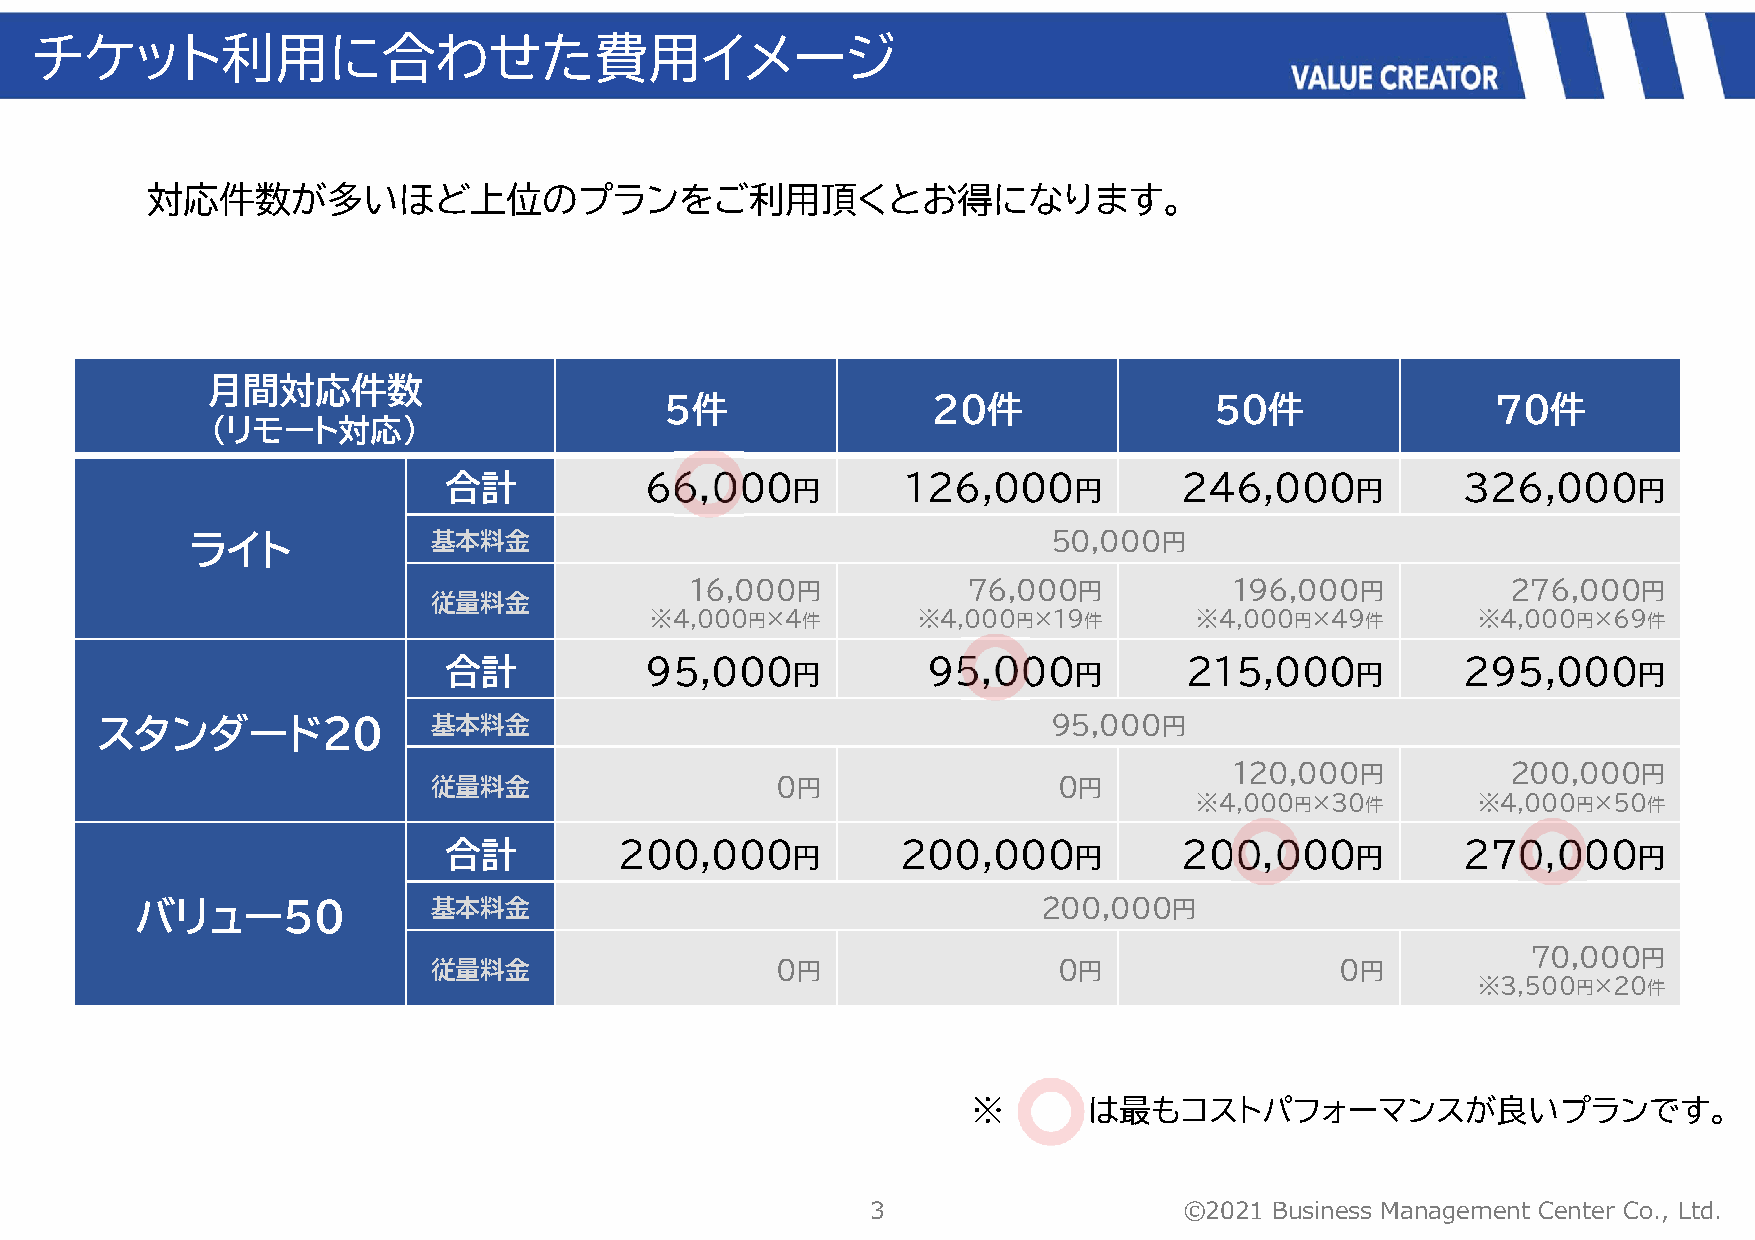
チケット利用に合わせた費用イメージ
 対応件数が多いほど上位のプランをご利用頂くとお得になります。
 月間対応件数
 5件                20件               50件                70件
 （リモート対応）
 合計            66,000           １26,000           246,000            326,000
 円                 円                  円                 円
 ライト              基本料金                                     50,000円
 16,000円           76,000円           196,000円          276,000円
 従量料金
 ※4,000円×4件        ※4,000円×19件       ※4,000円×49件        ※4,000円×69件
 合計            95,000            95,000           215,000            295,000
 円                 円                  円                 円
 スタンダード20               基本料金                                     95,000円
 120,000円          200,000円
 従量料金                  0円                 0円
 ※4,000円×30件        ※4,000円×50件
 合計          200,000            200,000           200,000            270,000
 円                 円                  円                 円
 バリュー50              基本料金                                    200,000円
 70,000円
 従量料金                  0円                 0円                 0円
 ※3,500円×20件
 ※       は最もコストパフォーマンスが良いプランです。
 3                   ©2021 Business Management Center Co., Ltd.